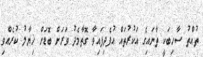
ތުއްތު ސާހިބަކީ ތާނައިގެ އަކުރުތައް އުފެދިފައިވާ ގޮތާމެދު ވަރަށް ބޮޑަށް ޚިޔާލު ކުރެއްވި